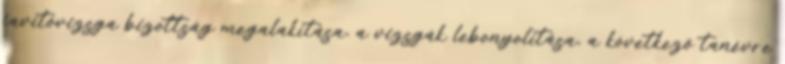
javítóvizsga bizottság megalakítása, a vizsgák lebonyolítása, a következő tanévre